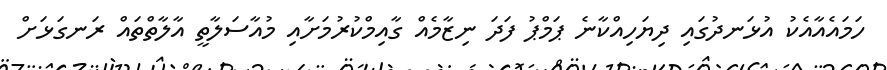
ހަމައެއާއެކު އުޅަނދުގައި ދިޔަހިއްކާނެ ޕަމްޕު ފަދަ ނިޒާމެއް ގާއިމްކުރުމަށާއި މުއާސަލާތީ އާލާތްތައް ރަނގަޅަށް